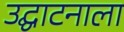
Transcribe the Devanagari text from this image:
उद्घाटनाला